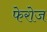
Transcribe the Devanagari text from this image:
फेरोज